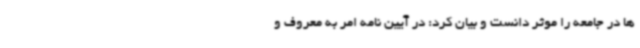
ها در جامعه را موثر دانست و بیان کرد: در آیین نامه امر به معروف و